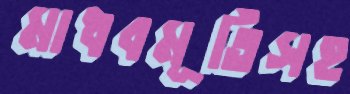
মাধবমূর্তিসহ